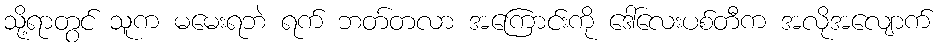
သို့ရာတွင် သူက မမေးရဘဲ ရက် ဘတ်တလာ အကြောင်းကို ဒေါ်လေးပစ်တီက အလိုအလျောက်